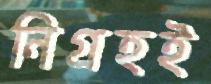
নিগ্রহই